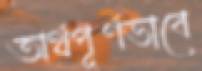
অর্থপূর্ণভাবে